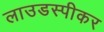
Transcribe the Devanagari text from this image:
लाउडस्‍पीकर